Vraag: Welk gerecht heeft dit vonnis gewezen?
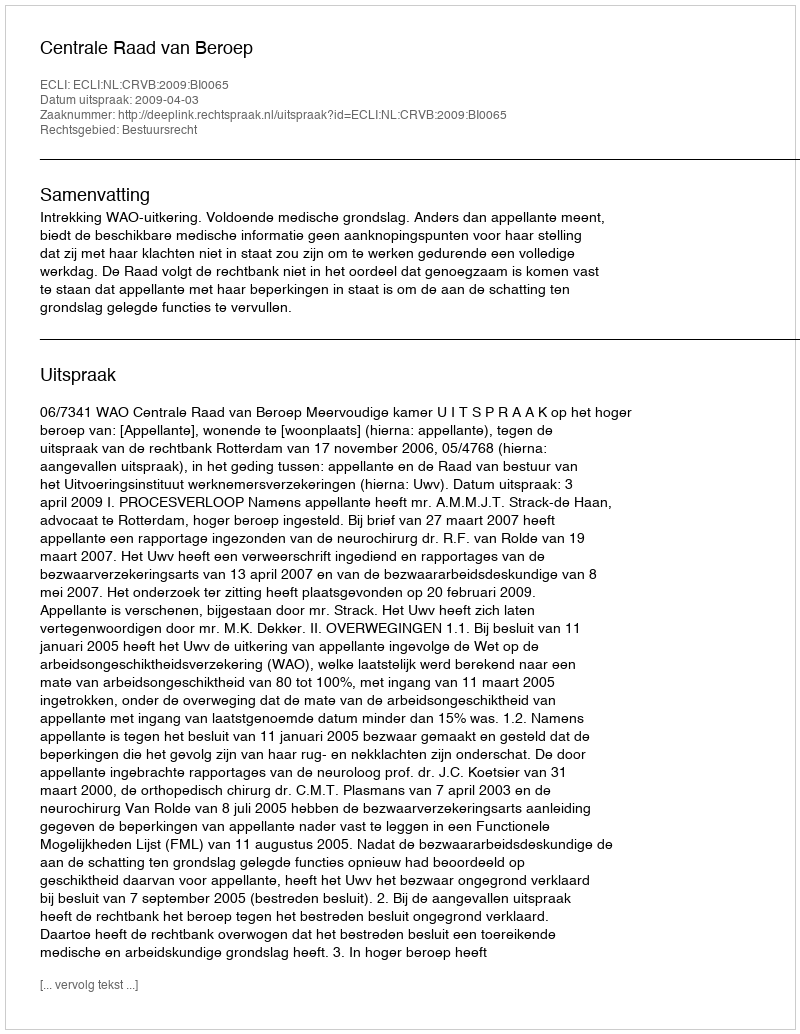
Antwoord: Centrale Raad van Beroep